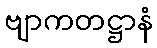
ဗျာကတဋ္ဌာနံ